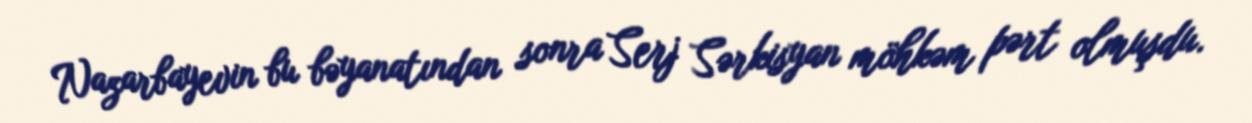
Nazarbayevin bu bəyanatından sonra Serj Sərkisyan möhkəm pərt olmuşdu.